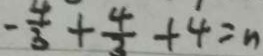
- \frac { 4 } { 3 } + \frac { 4 } { 3 } + 4 = n